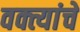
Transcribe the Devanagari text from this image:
वक्त्यांचे